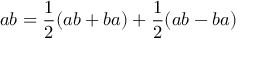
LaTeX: a b = { \frac { 1 } { 2 } } ( a b + b a ) + { \frac { 1 } { 2 } } ( a b - b a )